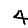
Digit: 4